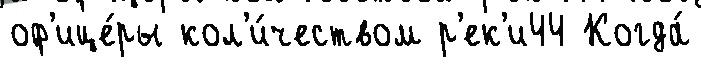
оф'ице́ры кол'и́чеством р'ек'и44 Когда́